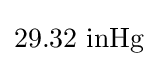
29.32~\mathrm {inHg}